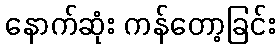
နောက်ဆုံး ကန်တော့ခြင်း